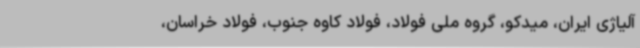
آلیاژی ایران، میدکو، گروه ملی فولاد، فولاد کاوه جنوب، فولاد خراسان،